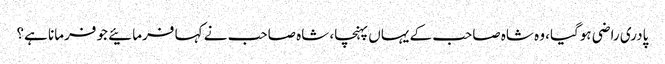
پادری راضی ہوگیا، وہ شاہ صاحب کے یہاں پہنچا، شاہ صاحب نے کہا فرمائیے جو فرمانا ہے؟